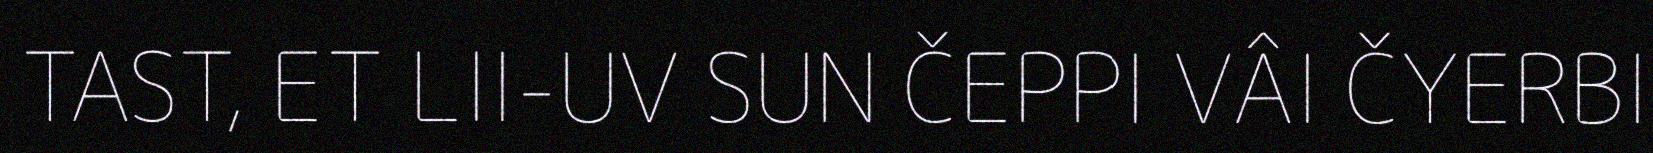
TAST, ET LII-UV SUN ČEPPI VÂI ČYERBI